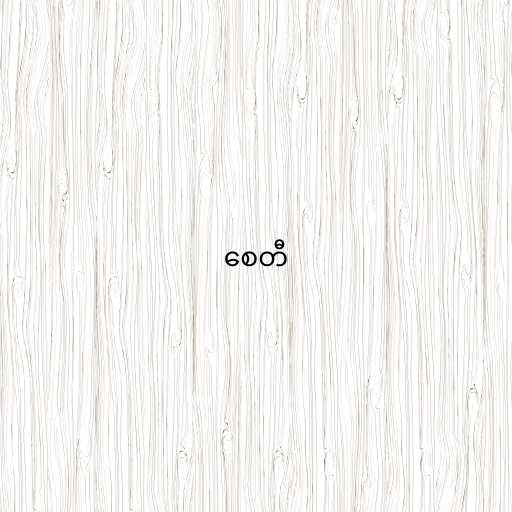
စေတီ